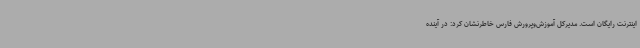
اینترنت رایگان است. مدیرکل آموزش‌وپرورش فارس خاطرنشان کرد: در آینده